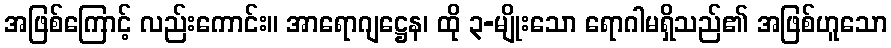
အဖြစ်ကြောင့် လည်းကောင်း။ အာရောဂျဋ္ဌေန၊ ထို ၃-မျိုးသော ရောဂါမရှိသည်၏ အဖြစ်ဟူသော